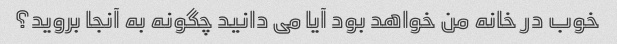
خوب در خانه من خواهد بود آیا می دانید چگونه به آنجا بروید؟